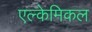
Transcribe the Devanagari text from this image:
एल्केमिकल